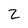
Character: Z